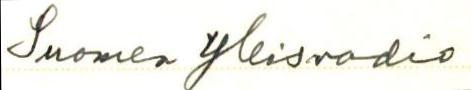
Suomen Yleisradio